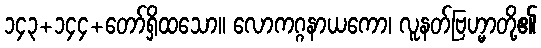
၁၄၃+၁၄၄+တော်ရှိထသော။ လောကဂ္ဂနာယကော၊ လူနတ်ဗြဟ္မာတို့၏